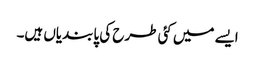
ایسے میں کئی طرح کی پابندیاں ہیں۔